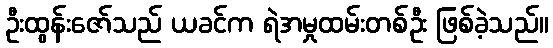
ဦးထွန်းဇော်သည် ယခင်က ရဲအမှုထမ်းတစ်ဦး ဖြစ်ခဲ့သည်။